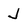
Character: j